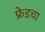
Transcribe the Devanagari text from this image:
फ्रेडचा